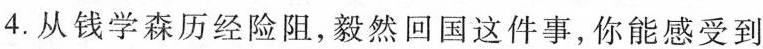
4.从钱学森历经险阻，毅然回国这件事，你能感受到